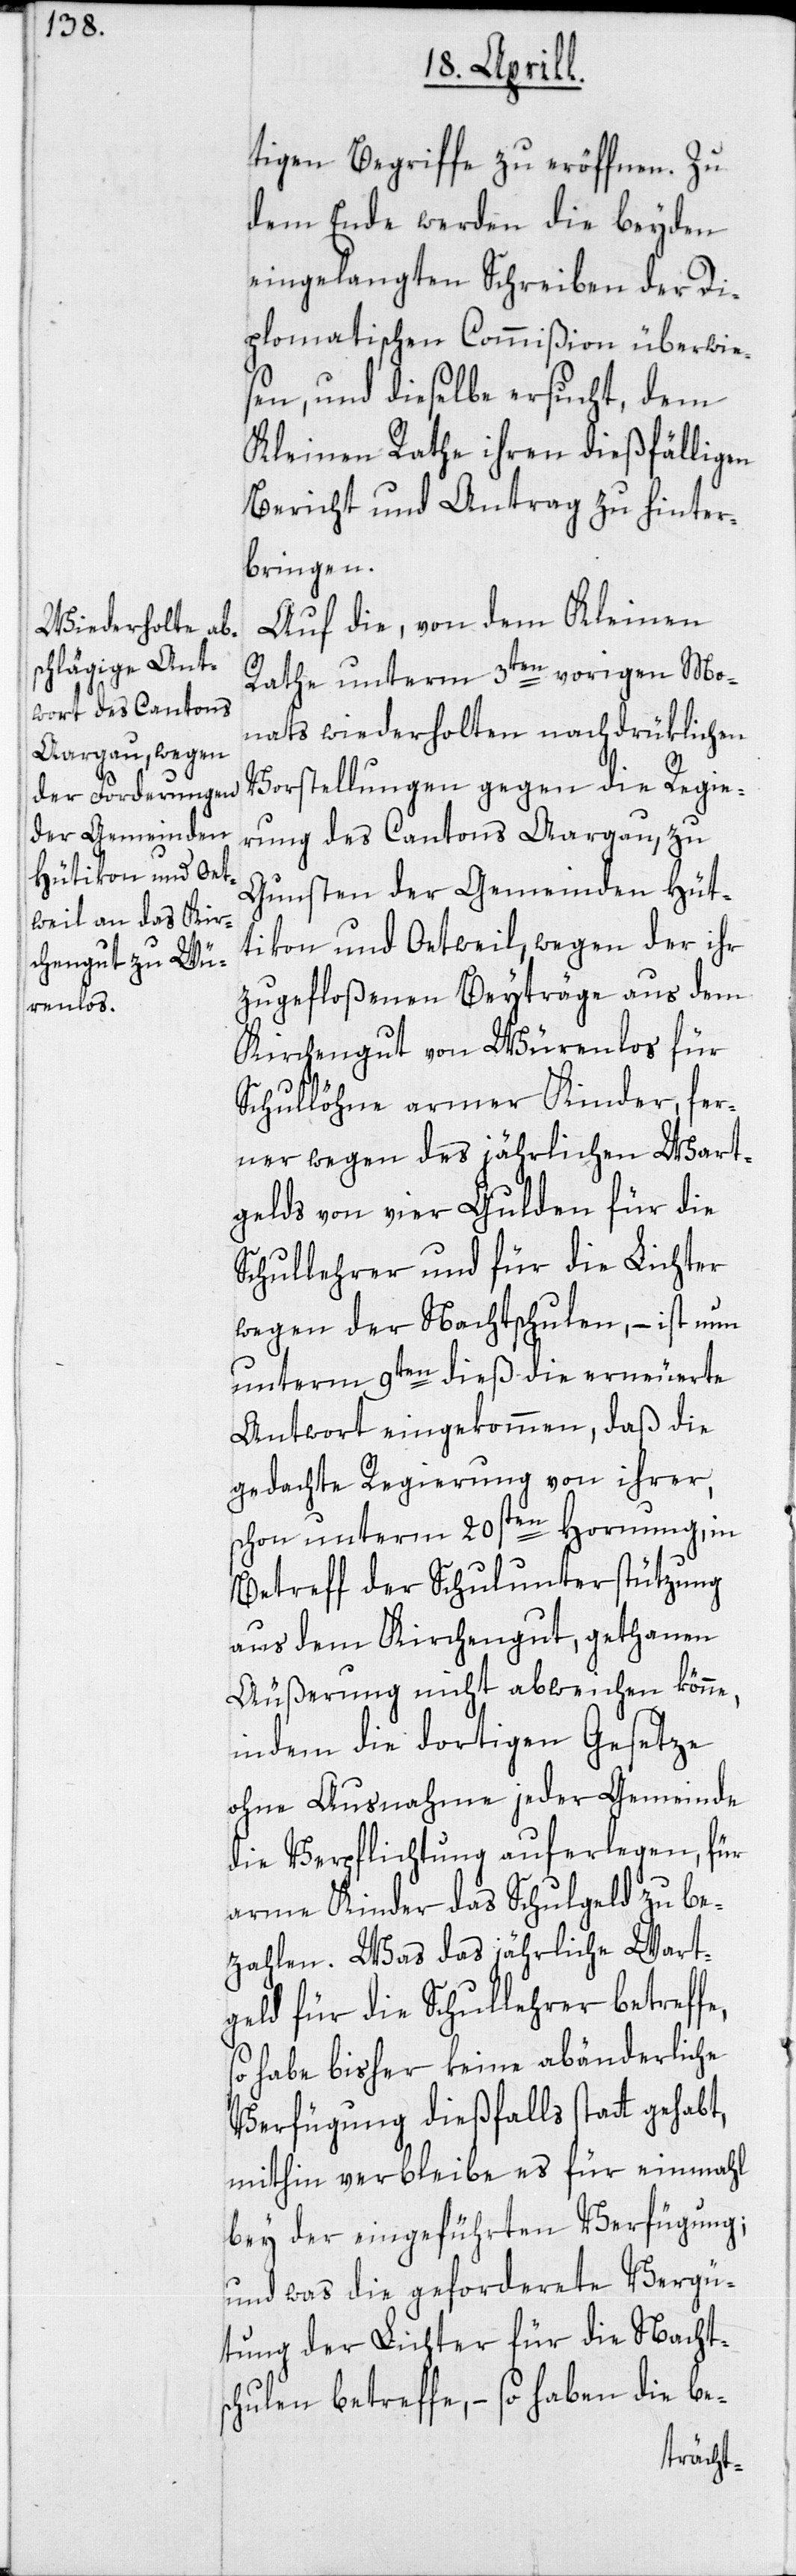
tigen Begriffe zu eröffnen. Zu
dem Ende werden die beyden
eingelangten Schreiben der Di¬
plomatischen Commißion überwie¬
sen, und dieselbe ersucht, dem
Kleinen Rathe ihren dießfälligen
Bericht und Antrag zu hinter¬
bringen.
Auf die, von dem Kleinen
Rathe unterm 3ten vorigen Mo¬
nats wiederholten nachdrücklichen
Vorstellungen gegen die Regie¬
rung des Cantons Aargau, zu
Gunsten der Gemeinden Hüt¬
tikon und Oetweil, wegen der ihr
zugefloßenen Beyträge aus dem
Kirchengut von Würenlos für
Schullöhne armer Kinder, fer¬
ner wegen des jährlichen Wart¬
gelds von vier Gulden für die
Schullehrer und für die Lichter
wegen der Nachtschulen, – ist nun
unterm 9ten dieß die erneuerte
Antwort eingekommen, daß die
gedachte Regierung von ihrer,
schon unterm 20sten Hornung, in
Betreff der Schulunterstützung
aus dem Kirchengut, gethanen
Äußerung nicht abweichen könne,
indem die dortigen Gesetze
ohne Ausnahme jeder Gemeinde
die Verpflichtung auferlegen, für
arme Kinder das Schulgeld zu be¬
zahlen. Was das jährliche Wart¬
geld für die Schullehrer betreffe,
habe bisher keine abänderliche
Verfügung dießfalls stattgehabt,
mithin verbleibe es für einmahl
bey der eingeführten Verfügung;
und was die geforderete Vergü¬
tung der Lichter für die Nacht¬
schulen betreffe, – so haben die be-